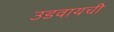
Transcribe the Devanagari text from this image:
उडवायची